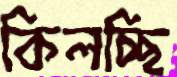
কিলচ্ছি